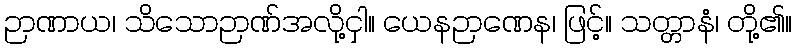
ဉာဏာယ၊ သိသောဉာဏ်အလို့ငှါ။ ယေနဉာဏေန၊ ဖြင့်။ သတ္တာနံ၊ တို့၏။